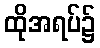
ထိုအရပ်၌